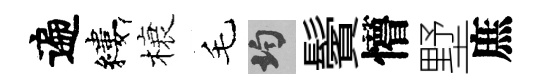
遍縷榱毛均鬢懵墅庶